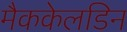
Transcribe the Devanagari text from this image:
मैककेलडिन